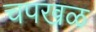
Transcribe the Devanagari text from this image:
चपखळ